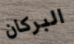
البركان